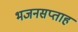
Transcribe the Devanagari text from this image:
भजनसप्ताह